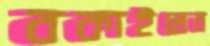
বকাইলেন